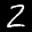
Label: 2